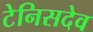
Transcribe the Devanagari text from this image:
टेनिसदेव